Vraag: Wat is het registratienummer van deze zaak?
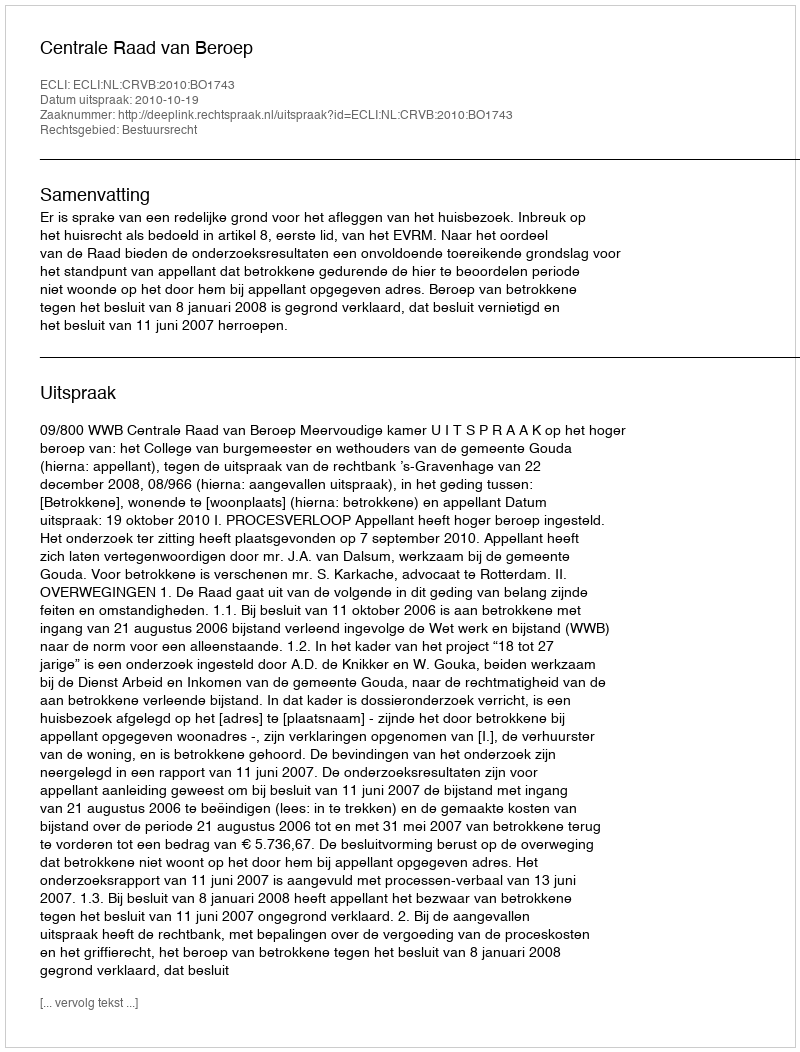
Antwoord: http://deeplink.rechtspraak.nl/uitspraak?id=ECLI:NL:CRVB:2010:BO1743